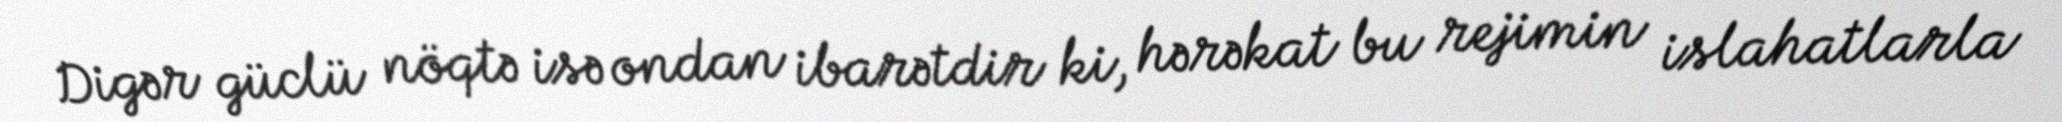
Digər güclü nöqtə isə ondan ibarətdir ki, hərəkat bu rejimin islahatlarla